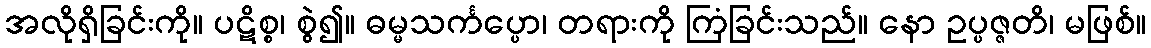
အလိုရှိခြင်းကို။ ပဋိစ္စ၊ စွဲ၍။ ဓမ္မသင်္ကပ္ပော၊ တရားကို ကြံခြင်းသည်။ နော ဥပ္ပဇ္ဇတိ၊ မဖြစ်။